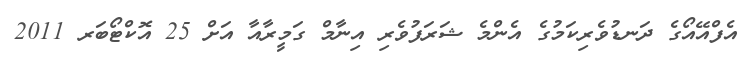
އެފްއޭއޯގެ ދަނޑުވެރިކަމުގެ އެންމެ ޝަރަފުވެރި އިނާމް ގަމީރާއާ އަށް 25 އޮކްޓޯބަރ 2011